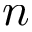
n